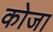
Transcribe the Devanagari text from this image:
कोजा